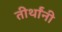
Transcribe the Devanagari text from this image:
तीर्थांनी